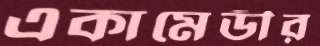
একামেডীর